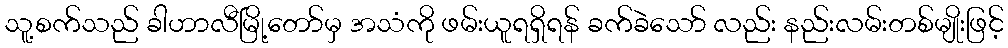
သူ့စက်သည် ခါဟာလီမြို့တော်မှ အသံကို ဖမ်းယူရရှိရန် ခက်ခဲသော် လည်း နည်းလမ်းတစ်မျိုးဖြင့်